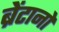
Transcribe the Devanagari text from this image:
ब्रेंटानो